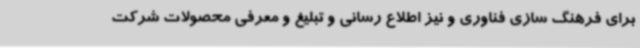
برای فرهنگ سازی فناوری و نیز اطلاع رسانی و تبلیغ و معرفی محصولات شرکت